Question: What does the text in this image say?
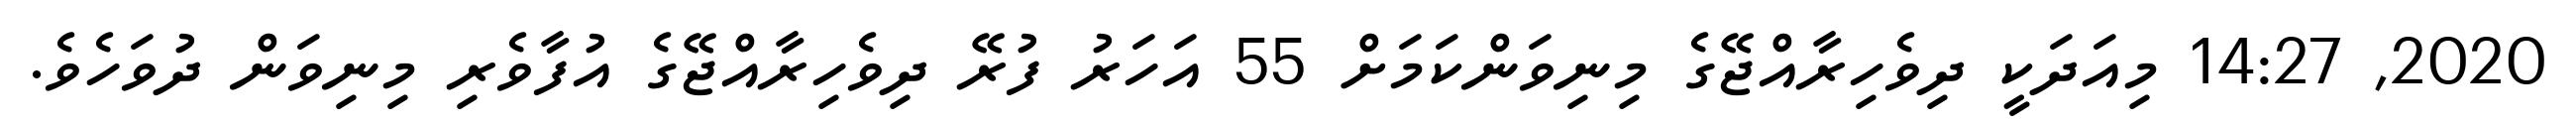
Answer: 2020, 14:27 މިއަދަކީ ދިވެހިރާއްޖޭގެ މިނިވަންކަމަށް 55 އަހަރު ފުރޭ ދިވެހިރާއްޖޭގެ އުފާވެރި މިނިވަން ދުވަހެވެ.